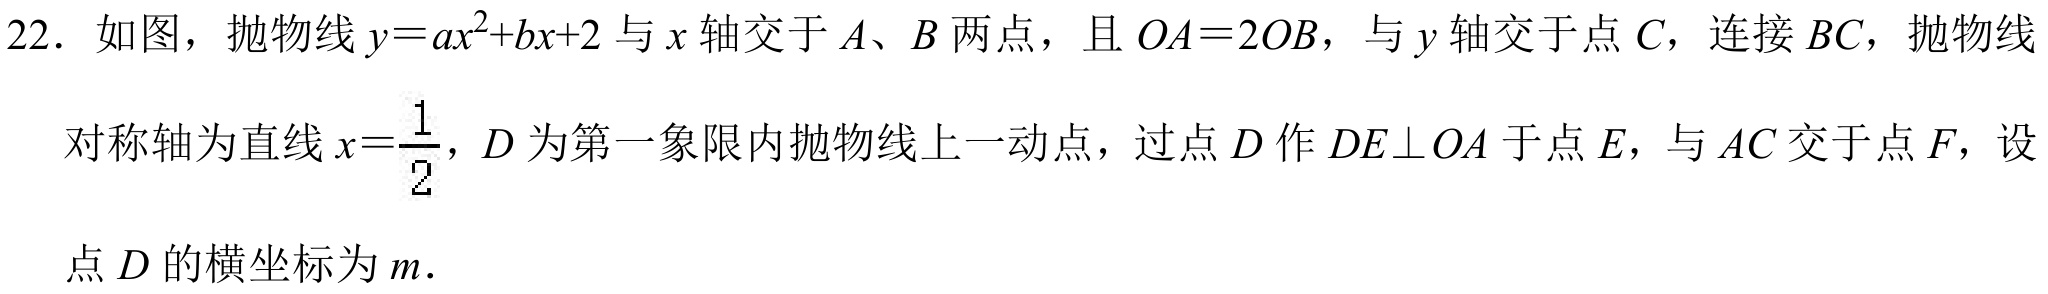
22. 如图，抛物线\(y = ax^{2}+bx + 2\)与\(x\)轴交于\(A\)、\(B\)两点，且\(OA = 2OB\)，与\(y\)轴交于点\(C\)，连接\(BC\)，抛物线对称轴为直线\(x=\frac{1}{2}\)，\(D\)为第一象限内抛物线上一动点，过点\(D\)作\(DE\perp OA\)于点\(E\)，与\(AC\)交于点\(F\)，设点\(D\)的横坐标为\(m\).